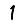
Digit: 1